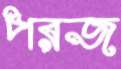
পরজ